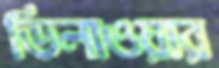
ডিলাওয়ার